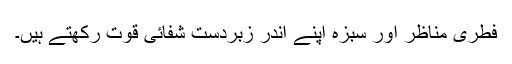
فطری مناظر اور سبزہ اپنے اندر زبردست شفائی قوت رکھتے ہیں۔